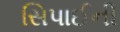
સિપાઈની